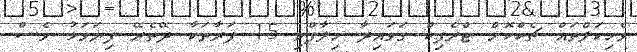
ވެހިކަލްތައް ޗެކްކޮށް ޓްރެފިކް ގަވައިދާ ހިލާފްވި 15 ފަރާތަކާ ދޭތެރޭ ފިޔަވަޅު ވެސް